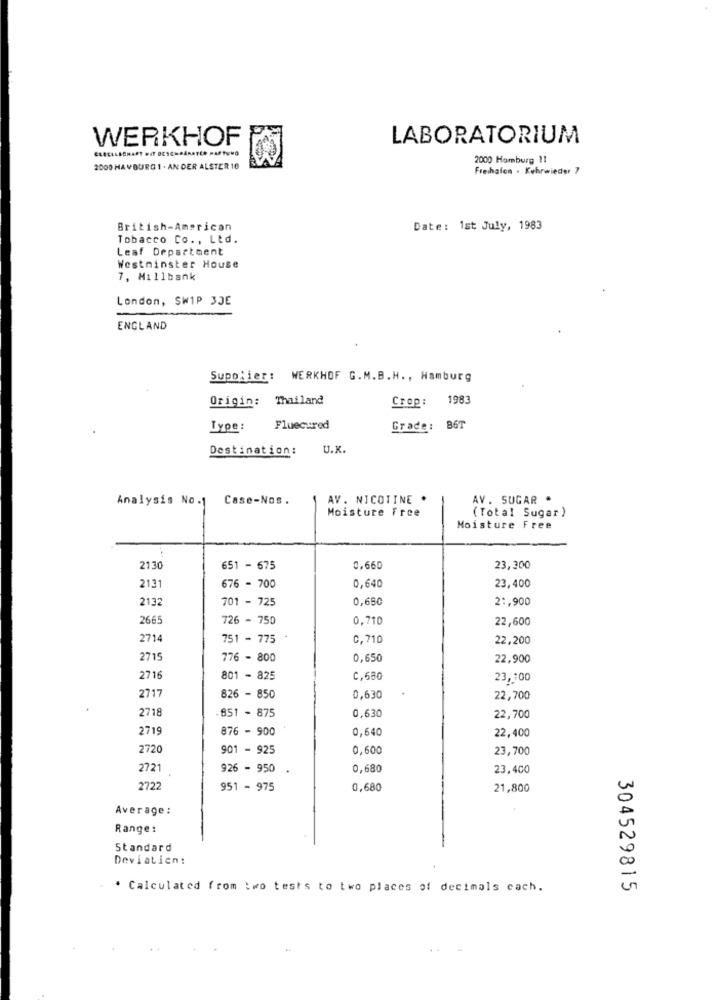
WERKHOF
LABORATORIUM
2000 Homburg 11
2000 HA VOURG 1 . AN DER ALSTER 10
Freihalen . Kehrwieder 7
British-American
Date: 1st July, 1983
Tobacco Co ., Ltd.
Leaf Department
Westminster House
7, Millbank
London, SW1P 3JE
ENGLAND
Supplier: WERKHOF G.M.B.H ., Hamburg
Origin: Thailand
Crop: 1983
Type:
Fluecured
Grade: B6T
Destination:
U.K.
Analysis No .1
Case-Nos .
AV. NICOTINE .
AV. SUGAR *
Moisture Free
(Total Sugar )
Moisture Free
2130
651 - 675
0,660
23,300
2131
676 - 700
0,640
23,400
2132
701 - 725
0,680
2 :, 900
2665
726 - 750
0,710
22,600
2714
751 - 775
0, 710
22,200
2715
776 - 800
0,650
22,900
2716
801 - 825
C,680
23,100
2717
826 - 850
0,630
22,700
2718
851 - 875
0,630
22,700
2719
876 - 900
0,640
22,400
2720
901 - 925
0,600
23,700
2721
926 - 950
0,680
23,400
2722
951 - 975
0,680
21,800
Average :
Range:
Standard
Deviaticn:
. Calculated from :wo tests to two places of decimals cach.
304529815